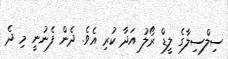
ސިލްސިލާގެ ލީޑް ރޯލު އަދާ ކުރި އެވެ. ދެން ފެނުނީ މި ދެ